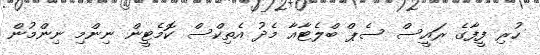
ހުރި ފީފާގެ ރައީސް ސެޕް ބްލެޓާއާ މެދު އެތިކްސް ކޮމެޓީން ނިންމި ނިންމުން